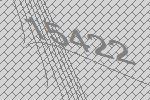
15422